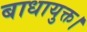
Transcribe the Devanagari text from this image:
बाधायुक्त।